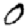
Digit: 0